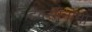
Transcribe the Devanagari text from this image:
टॅक्सॉनॉमी